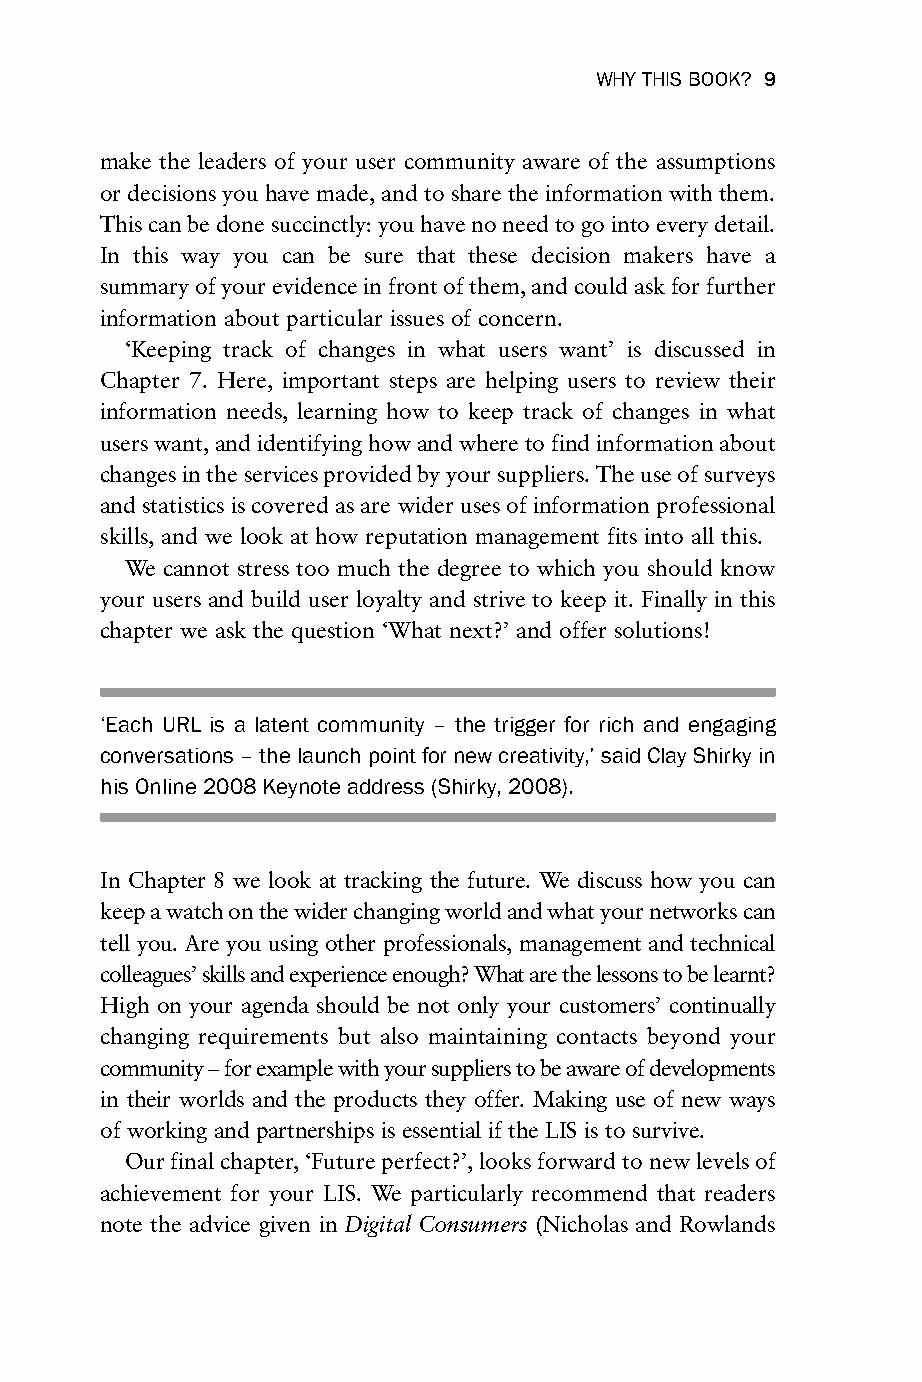
WHY THIS BOOK? 9
 make the leaders of your user community aware of the assumptions
 or decisions you have made, and to share the information with them.
 This can be done succinctly: you have no need to go into every detail.
 In this way you can be sure that these decision makers have a
 summary of your evidence in front of them, and could ask for further
 information about particular issues of concern.
 ‘Keeping track of changes in what users want’ is discussed in
 Chapter 7. Here, important steps are helping users to review their
 information needs, learning how to keep track of changes in what
 users want, and identifying how and where to find information about
 changes in the services provided by your suppliers. The use of surveys
 and statistics is covered as are wider uses of information professional
 skills, and we look at how reputation management fits into all this.
 We cannot stress too much the degree to which you should know
 your users and build user loyalty and strive to keep it. Finally in this
 chapter we ask the question ‘What next?’ and offer solutions!
 ‘Each URL is a latent community – the trigger for rich and engaging
 conversations – the launch point for new creativity,’ said Clay Shirky in
 his Online 2008 Keynote address (Shirky, 2008).
 In Chapter 8 we look at tracking the future. We discuss how you can
 keep a watch on the wider changing world and what your networks can
 tell you. Are you using other professionals, management and technical
 colleagues’ skills and experience enough? What are the lessons to be learnt?
 High on your agenda should be not only your customers’ continually
 changing requirements but also maintaining contacts beyond your
 community – for example with your suppliers to be aware of developments
 in their worlds and the products they offer. Making use of new ways
 of working and partnerships is essential if the LIS is to survive.
 Our final chapter, ‘Future perfect?’, looks forward to new levels of
 achievement for your LIS. We particularly recommend that readers
 note the advice given in Digital Consumers (Nicholas and Rowlands